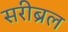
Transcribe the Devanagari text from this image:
सरीब्रल